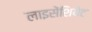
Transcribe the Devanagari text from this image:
लाइसेंशियेट